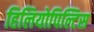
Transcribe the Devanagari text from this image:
हिलियोपिल्टिस